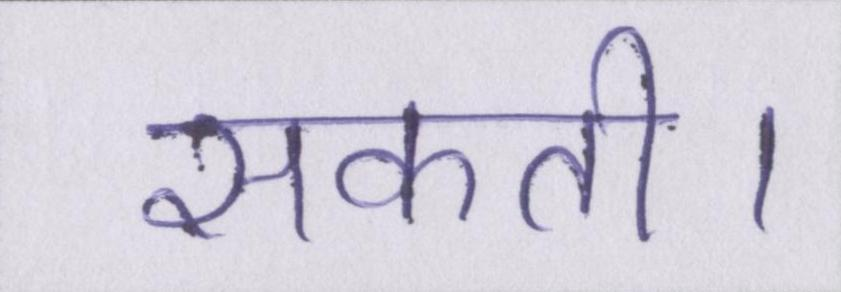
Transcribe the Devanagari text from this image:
सकती।